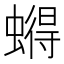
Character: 𮔹